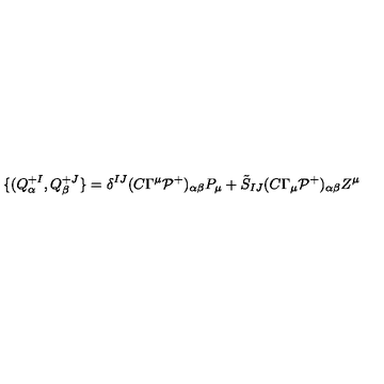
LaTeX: \{ ( Q _ { \alpha } ^ { + I } , Q _ { \beta } ^ { + J } \} = \delta ^ { I J } ( C \Gamma ^ { \mu } { \cal P } ^ { + } ) _ { \alpha \beta } P _ { \mu } + \tilde { S } _ { I J } ( C \Gamma _ { \mu } { \cal P } ^ { + } ) _ { \alpha \beta } Z ^ { \mu }